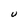
Character: U